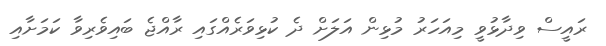
ރައީސް ވިދާޅުވީ މިއަހަރު މުޅިން އަލަށް ދެ ކުޅިވަރެއްގައި ރާއްޖެ ބައިވެރިވާ ކަަމަށާއި